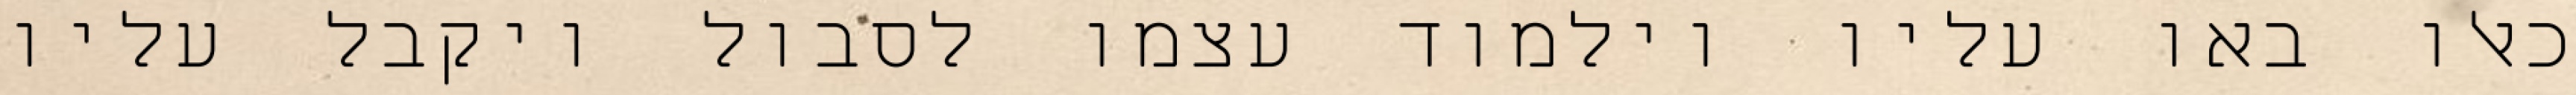
כאלו באו עליו וילמוד עצמו לסבול ויקבל עליו